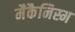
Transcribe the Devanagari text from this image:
मैकैनिस्म